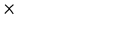
LaTeX: \times